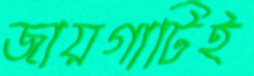
জায়গাটিই